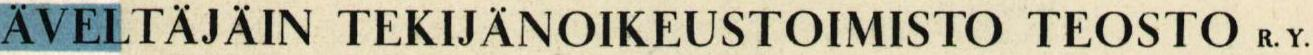
ÄVELTÄJÄIN TEKIJÄNOIKEUSTOIMISTO TEOSTO R.Y.